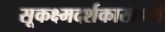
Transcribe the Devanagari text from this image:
सूकक्ष्मदर्शकाखाली